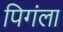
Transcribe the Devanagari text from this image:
पिगंला